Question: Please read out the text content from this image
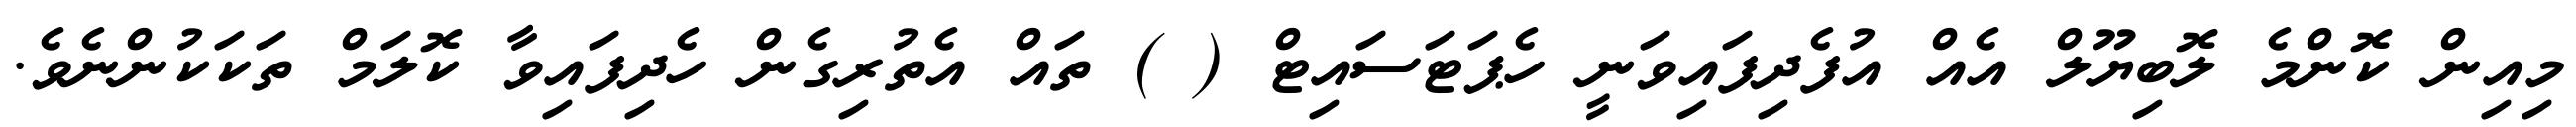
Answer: މިއިން ކޮންމެ ލޮބިޔޫލް އެއް އުފެދިފައިވަނީ ހެޕަޓަސައިޓް ( ) ތައް އެތުރިގެން ހެދިފައިވާ ކޮލަމް ތަކަކުންނެވެ.